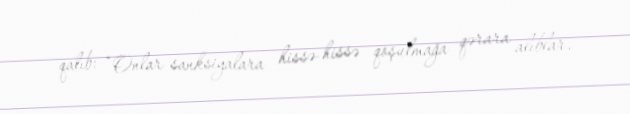
qalıb: “Onlar sanksiyalara hissə-hissə qoşulmağa qərara alıblar.